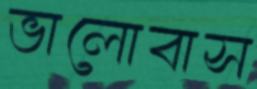
ভালোবাস